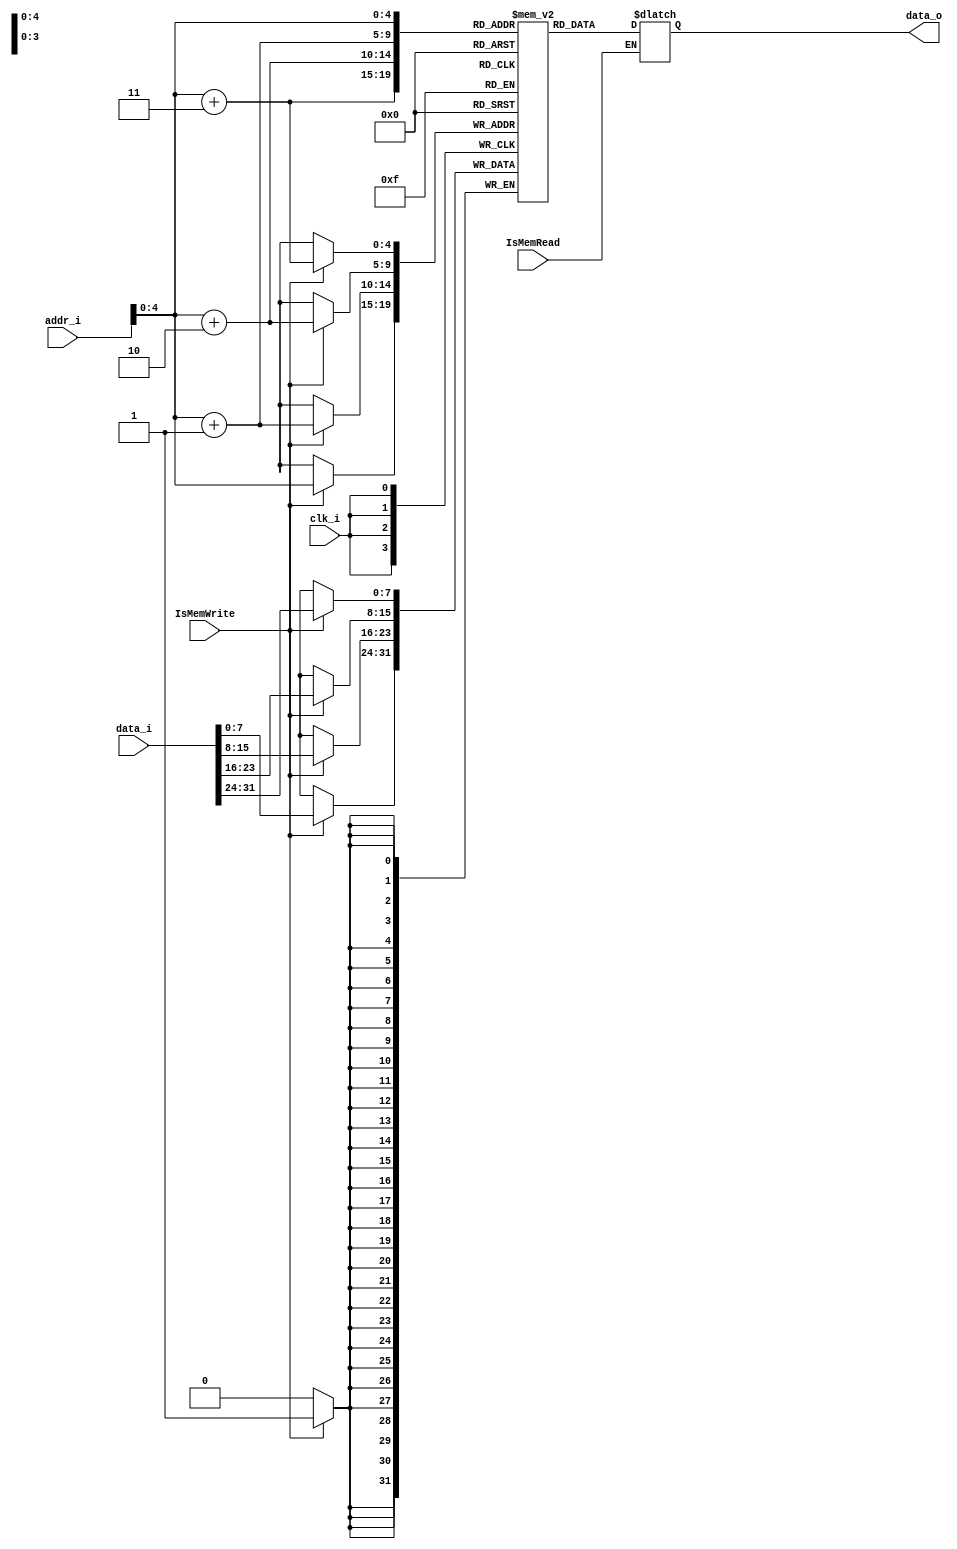
module Data_memory(
	clk_i,
	addr_i,
	data_i,
	IsMemWrite,
	IsMemRead,
	data_o
);
	input clk_i,IsMemRead,IsMemWrite;
	input	[31:0]		addr_i;
	input	[31:0]		data_i;
	output reg	[31:0]	data_o;
	
reg     [7:0]      memory       [0:31];

always @(posedge clk_i) begin
	if(IsMemWrite)begin
		memory[addr_i+3] = data_i[31:24];
		memory[addr_i+2] = data_i[23:16];
		memory[addr_i+1] = data_i[15:8];
		memory[addr_i] 	 = data_i[7:0];
	end
end

always@(*)begin
	if(IsMemRead)begin
		data_o = {
		    memory[addr_i + 3],
        memory[addr_i + 2],
        memory[addr_i + 1],
        memory[addr_i]
    };
	end
end

endmodule